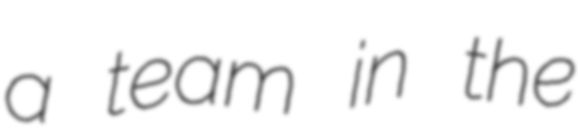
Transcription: a team in the